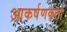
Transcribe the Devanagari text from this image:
आकर्षणकर्ता